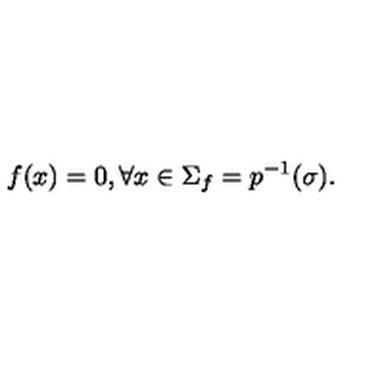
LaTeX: f ( x ) = 0 , \forall x \in \Sigma _ { f } = p ^ { - 1 } ( { \sigma } ) .